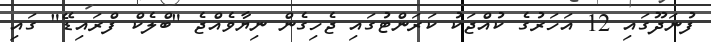
ފުނަދޫގައި 12 އަހަރުގެ ކުއްޖަކު ކަރަންޓުގައި ޖެހިގެން ނިޔާވެއްޖެ "ބްލެކް ފްރައިޑޭ" ގައި